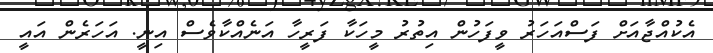
އެކުއްޖާއަށް ފަސްއަހަރު ވީފަހުން އިތުރު މީހަކާ ފަރީހާ އަނެއްކާވެސް އިނީ. އަހަރެން އައީ